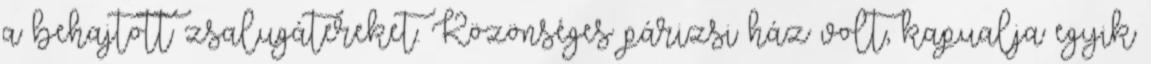
a behajtott zsalugátereket. Közönséges párizsi ház volt, kapualja egyik